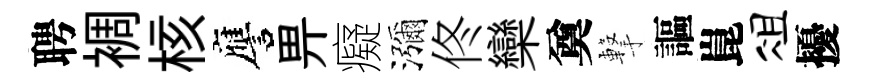
聘裯核譍畀癡瀰佟欒奠撃謳崑俎擾